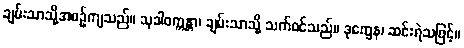
ချမ်းသာသို့အစဉ်ကျသည်။ သုခါဝက္ကန္တာ၊ ချမ်းသာသို့ သက်ဝင်သည်။ ဒုက္ခေန၊ ဆင်းရဲသဖြင့်။